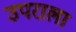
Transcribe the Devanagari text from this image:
उपराला